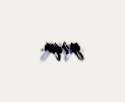
yəqin.